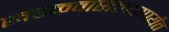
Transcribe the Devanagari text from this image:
खडकवासल्यापर्यंत